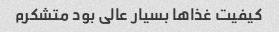
کیفیت غذاها بسیار عالی بود متشکرم